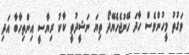
ވަގުތު މީހުންވެސް ހާދަ ހޭނުޖެހެޔޭދޯ ތިޔަ ނަޝީދުތީ ކާކު ރިޔާސީ އިންތިހާބާ އަދި